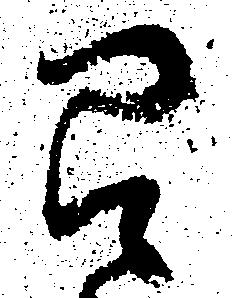
召